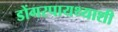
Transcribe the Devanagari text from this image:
डोंगरपायथ्याशी